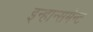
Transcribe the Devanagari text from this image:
इन्हान्समेन्ट